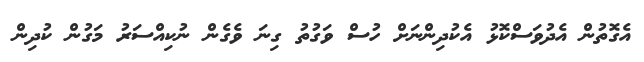
އެގޮތުން އެދުވަސްކޮޅު އެކުދިންނަށް ހުސް ވަގުތު ގިނަ ވެގެން ނުކިއްސަރު މަގުން ކުދިން